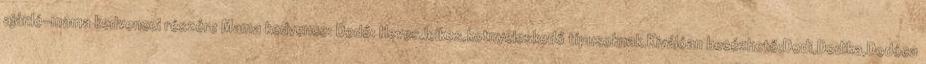
ajánló-mama kedvencei részére Mama kedvence: Dodó: Heves,lelkes,kotnyeleskedő típusoknak.Kiválóan becézhető:Dodi,Dodika,Dodóca